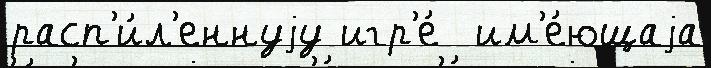
расп'и́л'еннуjу игр'е́  им'е́ющаjа